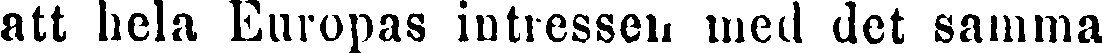
att hela Europas intressen med det samma